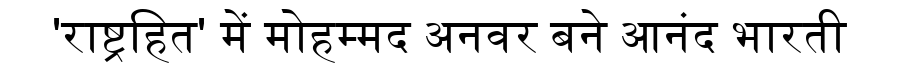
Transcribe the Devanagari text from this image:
'राष्ट्रहित' में मोहम्मद अनवर बने आनंद भारती